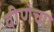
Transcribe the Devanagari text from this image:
वीणेच्या